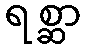
ရစ္ဆာ